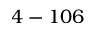
4 - 1 0 6